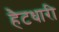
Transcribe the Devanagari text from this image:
हैटधारी